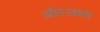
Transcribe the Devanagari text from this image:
औरलक्ष्य